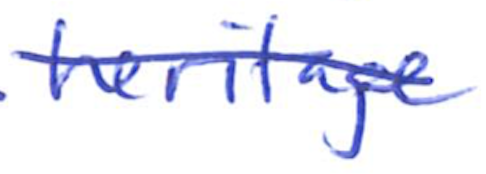
Text: heritage
Cross-out: diagonal
Writing tool: ballpoint